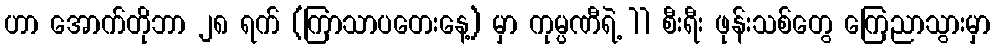
ဟာ အောက်တိုဘာ ၂၈ ရက် (ကြာသာပတေးနေ့) မှာ ကုမ္ပဏီရဲ့ 11 စီးရီး ဖုန်းသစ်တွေ ကြေညာသွားမှာ